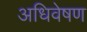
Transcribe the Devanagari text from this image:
अधिवेषण